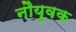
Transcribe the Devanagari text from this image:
नौयुवक